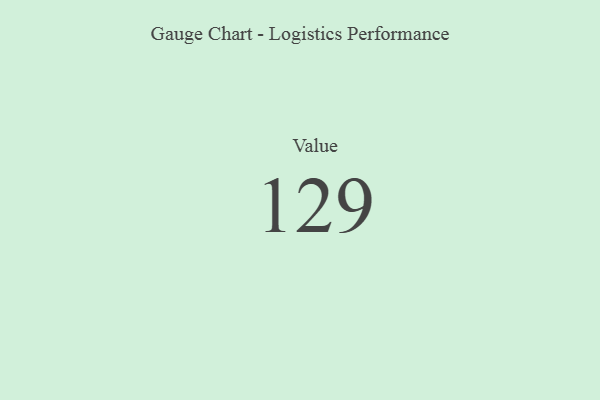
{"axis": {"x": "Metric", "y": "Value"}, "legend": [""], "data": [{"x": "Value", "y": 129, "type": ""}]}